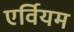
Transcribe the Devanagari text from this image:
एर्वियम